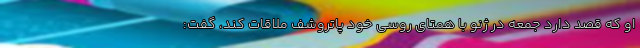
او که قصد دارد جمعه در ژنو با همتای روسی خود پاتروشف ملاقات کند، گفت: